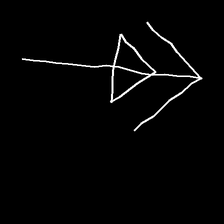
Glyph: pull